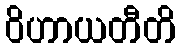
ဝိဟာယတီတိ